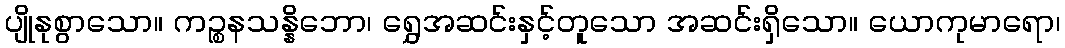
ပျိုနုစွာသော။ ကဉ္စနသန္နိဘော၊ ရွှေအဆင်းနှင့်တူသော အဆင်းရှိသော။ ယောကုမာရော၊